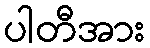
ပါတီအား